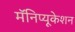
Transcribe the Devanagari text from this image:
मॅनिप्यूकेशन